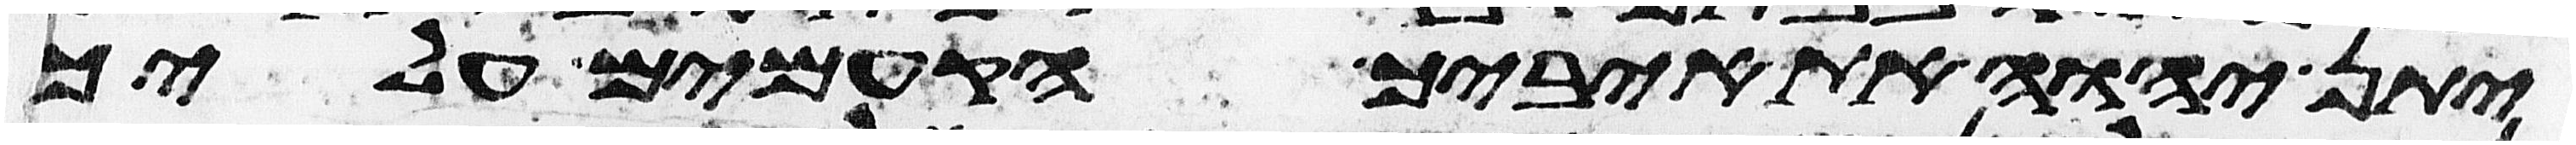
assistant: יתן יהוה את איביך הקמים עליך